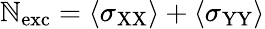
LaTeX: \mathbb{N}_{\mathrm{{exc}}}=\langle\sigma_{\mathrm{{XX}}}\rangle+\langle\sigma_{\mathrm{{YY}}}\rangle